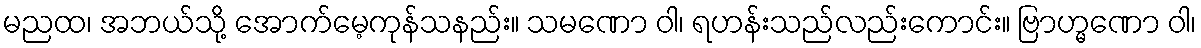
မညထ၊ အဘယ်သို့ အောက်မေ့ကုန်သနည်း။ သမဏော ဝါ၊ ရဟန်းသည်လည်းကောင်း။ ဗြာဟ္မဏော ဝါ၊